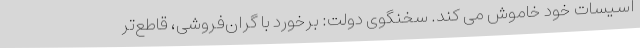
اسیسات خود خاموش می کند. سخنگوی دولت: برخورد با گران‌فروشی، قاطع‌تر